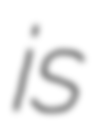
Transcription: is